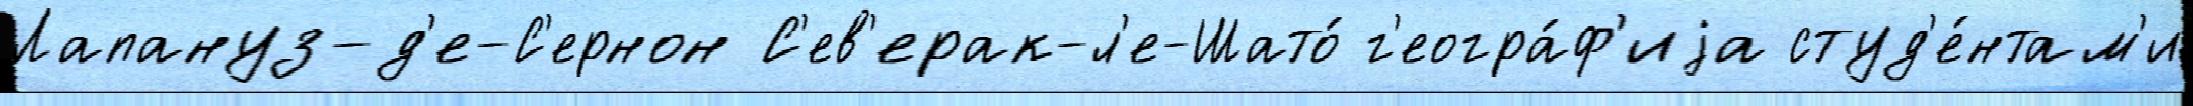
Лапануз-д'е-С'ернон С'ев'ерак-л'е-Шато́ г'еогра́ф'иjа студ'е́нтам'и